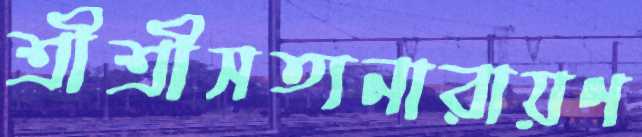
শ্রীশ্রীসত্যনারায়ণ